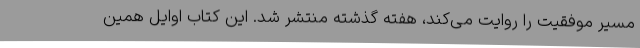
مسیر موفقیت را روایت می‌کند، هفته گذشته منتشر شد. این کتاب اوایل همین